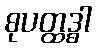
စုပတ္ထဒ္ဓါ